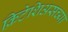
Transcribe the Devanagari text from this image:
क्रिटेशिअसच्या